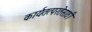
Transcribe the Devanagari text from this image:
कार्यतत्परतेसाठी